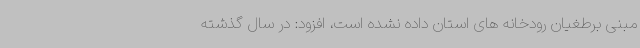
مبنی برطغیان رودخانه های استان داده نشده است، افزود: در سال گذشته